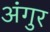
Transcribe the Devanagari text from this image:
अंगुर